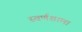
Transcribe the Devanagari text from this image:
स्वर्णशाला